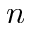
n